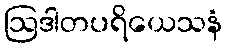
ဩဒါတပရိယေသနံ